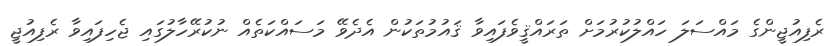
ރެފިއުޖީންގެ މައްސަލަ ހައްލުކުރުމަށް ތަރައްޤީވެފައިވާ ޤައުމުތަކުން އެދެވޭ މަސައްކަތެއް ނުކުރޭހާލުގައި ޖެހިފައިވާ ރެފިއުޖީ